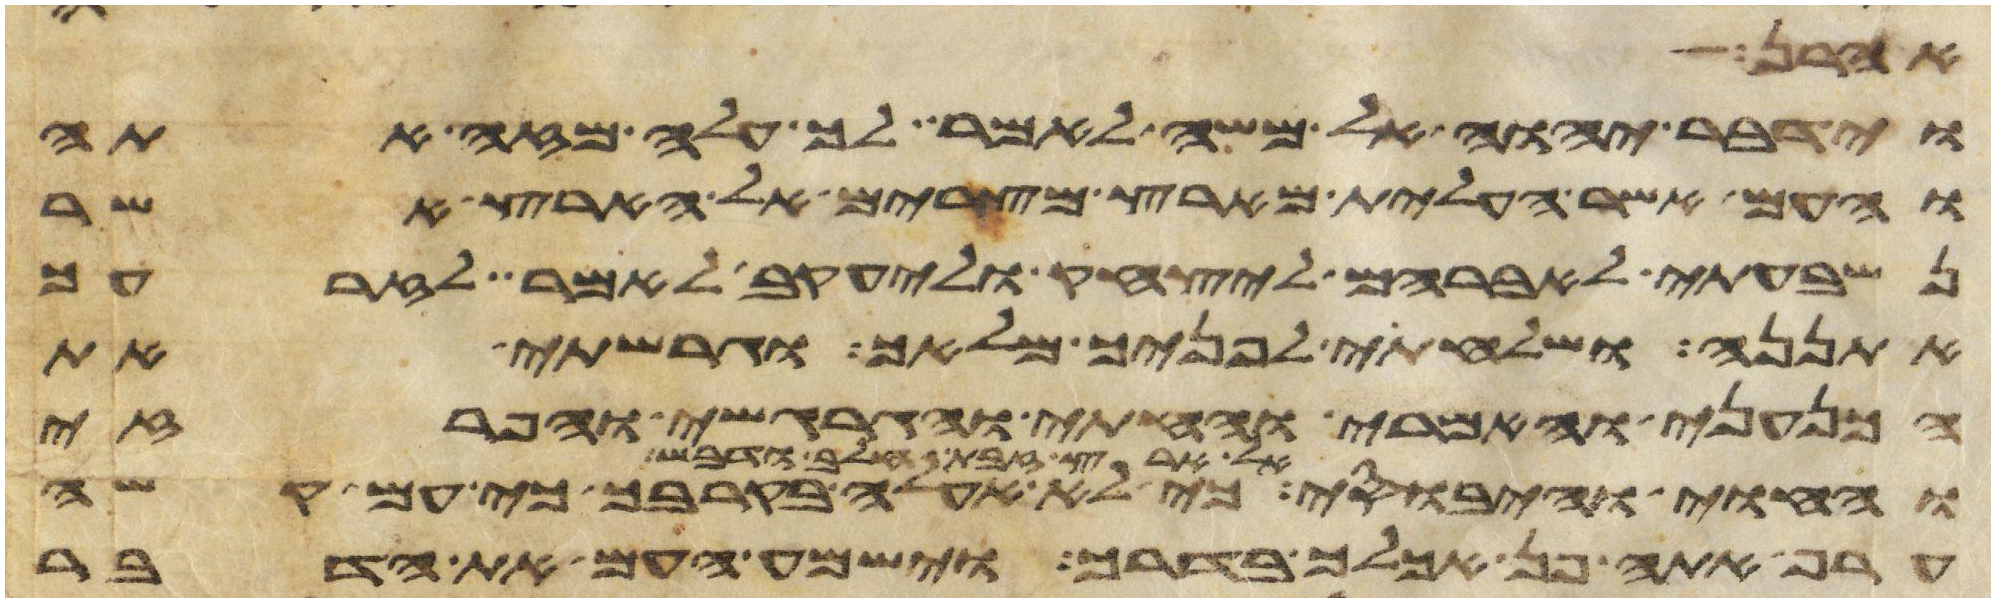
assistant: אהרן
וידבר יהוה אל משה לאמר לך עלה מזה אתה
והעם אשר העלית מארץ מצרים אל הארץ אשר
נשבעתי לאברהם ליצחק וליעקב לאמר לזרעך
אתננה ושלחתי לפניך מלאך וגרשתי את
הכנעני והאמרי והחתי והגרגשי והפרזי
חלב ודבש כי לא אעלה בקרבך כי עם קשה
אל ארץ זבת חלב ודבש
ערף אתה פן אכלך בדרך וישמע העם את הדבר